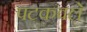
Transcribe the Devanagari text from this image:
पटकवले